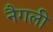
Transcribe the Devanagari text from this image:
नैगली